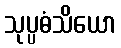
သုပ္ပဓံသိယော